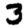
Digit: 3